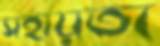
সহায়তা